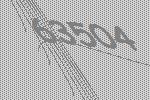
63504